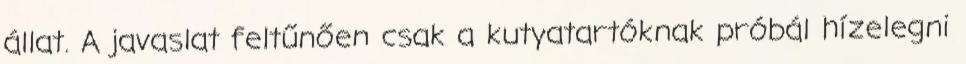
állat. A javaslat feltűnően csak a kutyatartóknak próbál hízelegni